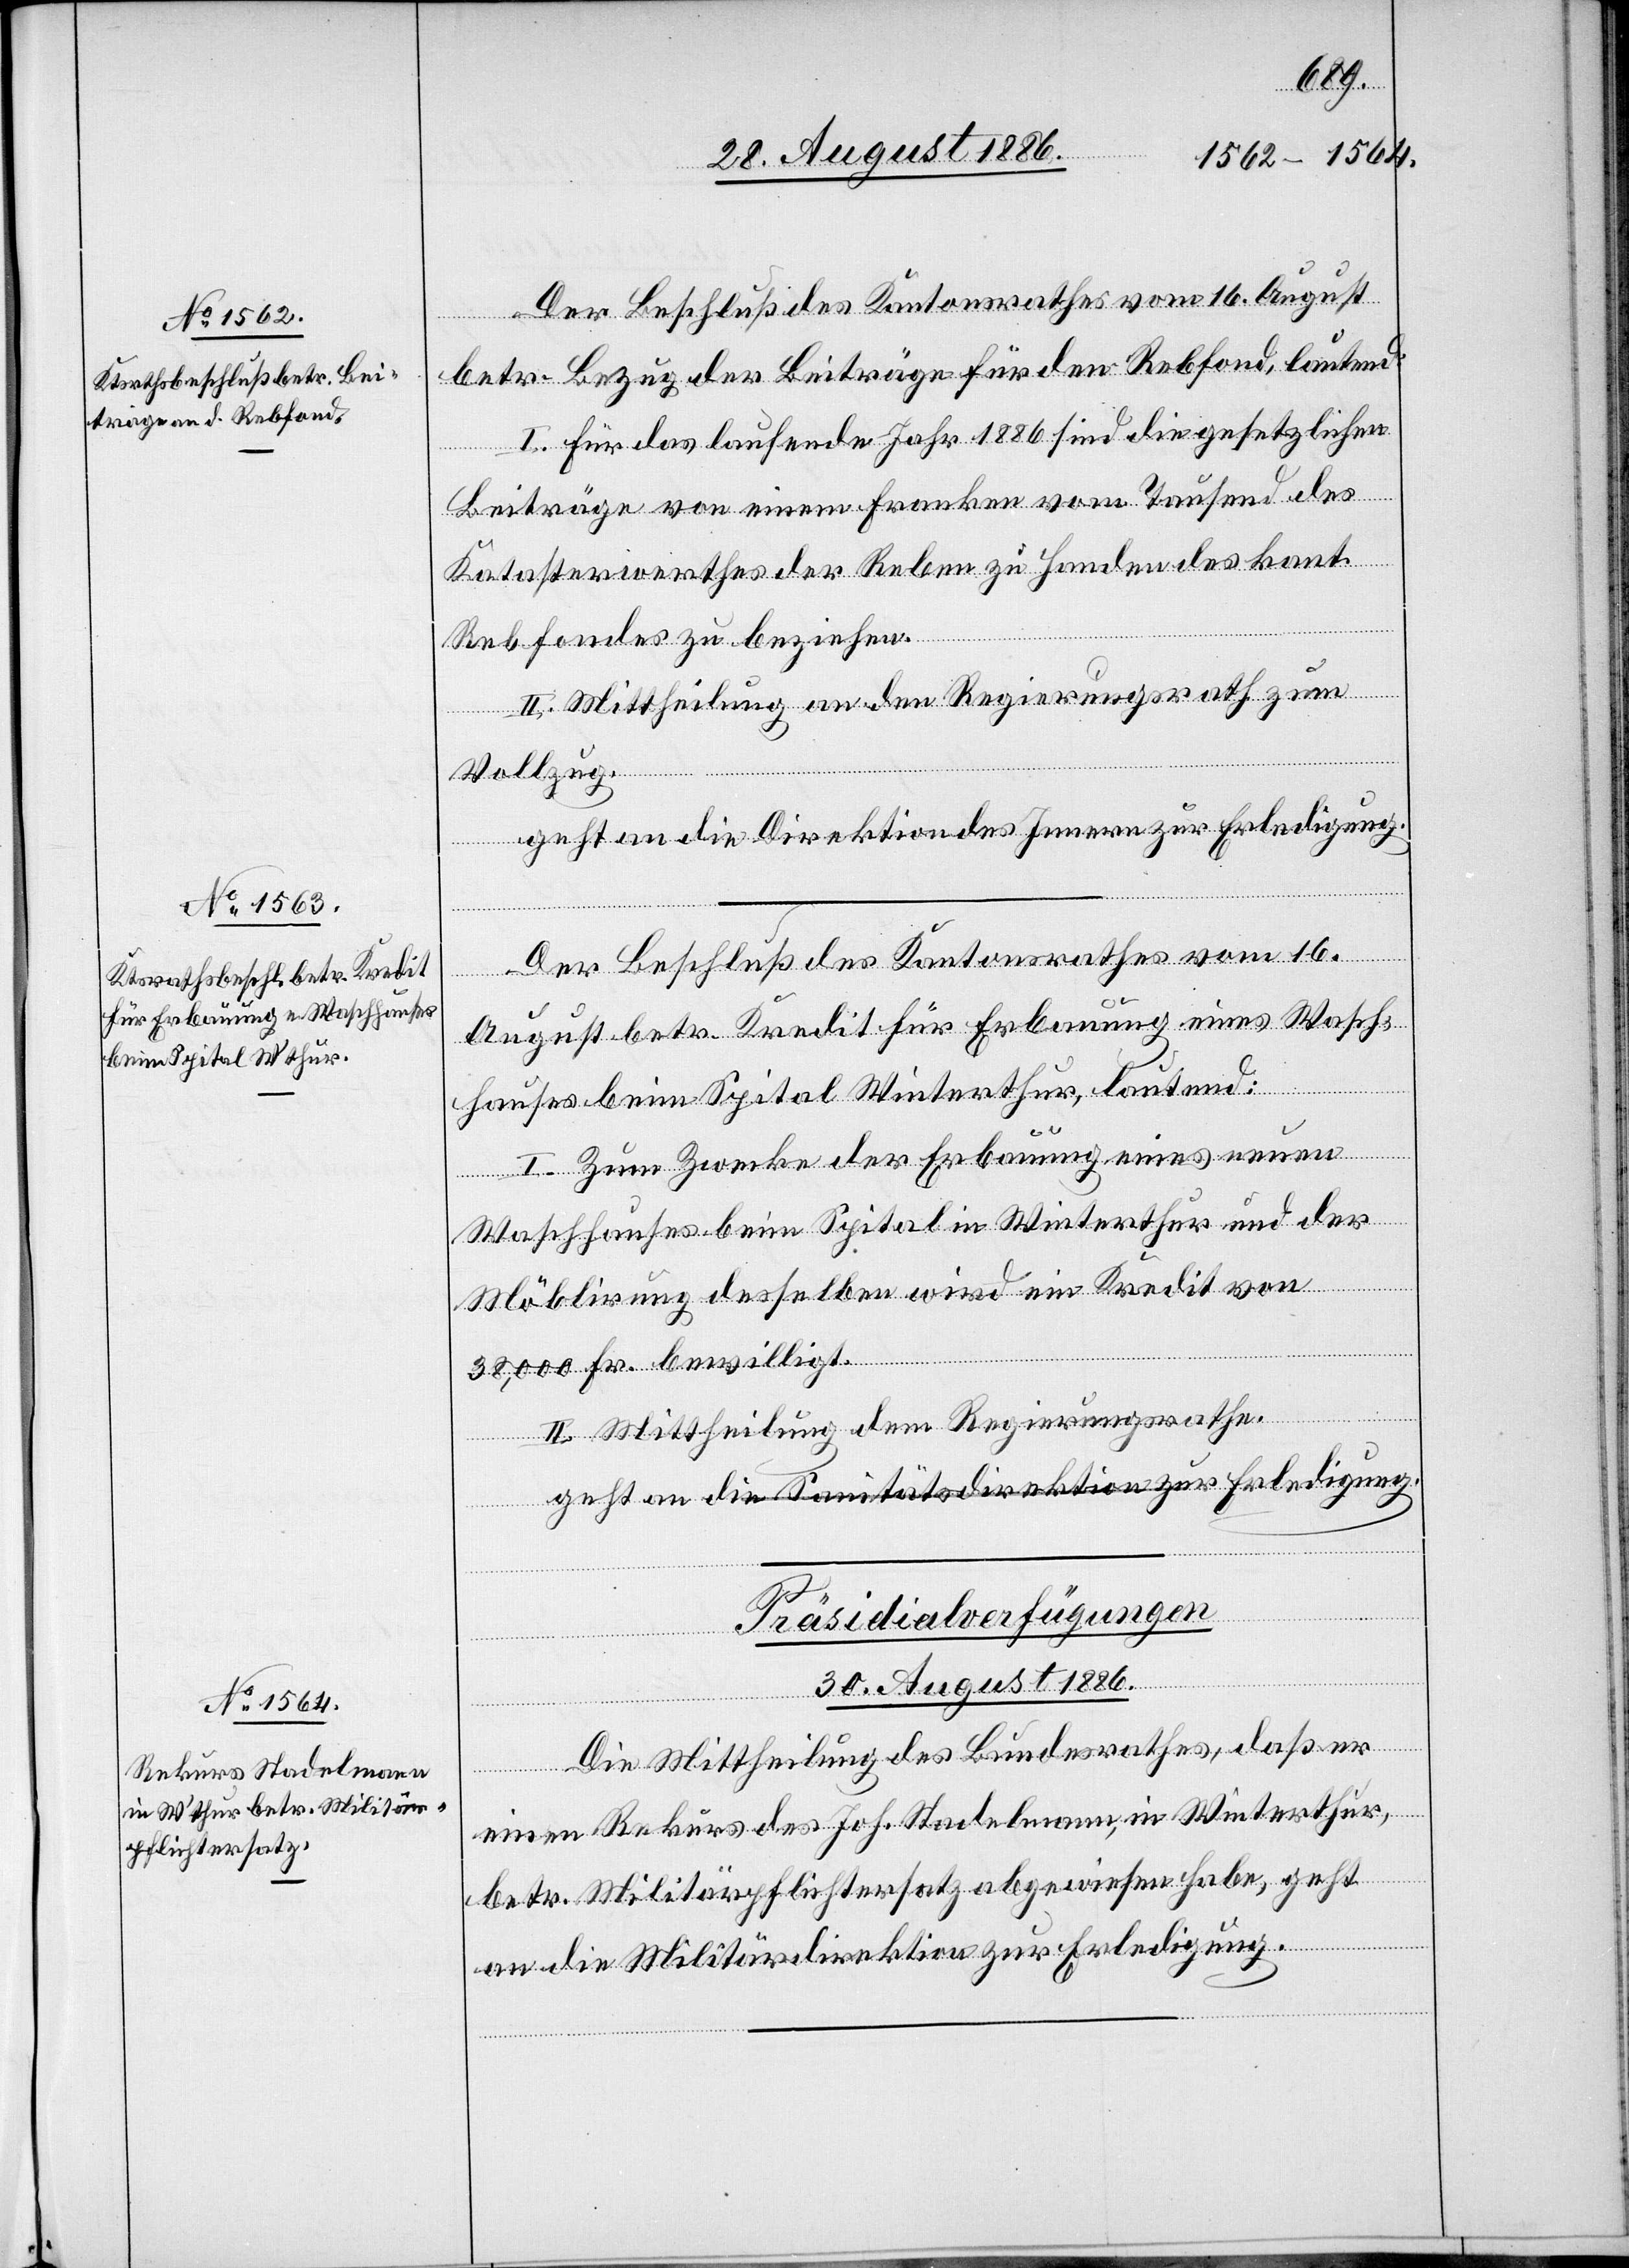
Der Beschluß des Kantonsrathes vom 16. August
betr. Bezug der Beiträge für den Rebfond, lautend:
I. Für das laufende Jahr 1886 sind die gesetzlichen
Beiträge von einem Franken vom Tausend des
Katasterwerthes der Reben zu Handen des kant.
Rebfondes zu beziehen.
II. Mittheilung an den Regierungsrath zum
Vollzug.
geht an die Direktion des Innern zur Erledigung.
Der Beschluß des Kantonsrathes vom 16.
August betr. Kredit für Erbauung eines Wasch¬
hauses beim Spital Winterthur, lautend:
I. Zum Zwecke der Erbauung eines neuen
Waschhauses beim Spital in Winterthur und der
Möblirung desselben wird ein Kredit von
38,000 Fr. bewilligt.
II. Mittheilung dem Regierungsrathe.
geht an die Sanitätsdirektion zur Erledigung.
Präsidialverfügungen
30. August 1886.
Die Mittheilung des Bundesrathes, daß er
einen Rekurs des Joh. Stadelmann, in Winterthur,
betr. Militärpflichtersatz abgewiesen habe, geht
an die Militärdirektion zur Erledigung.